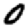
Digit: 0